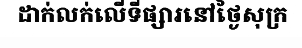
ដាក់លក់លើទីផ្សារនៅថ្ងៃសុក្រ